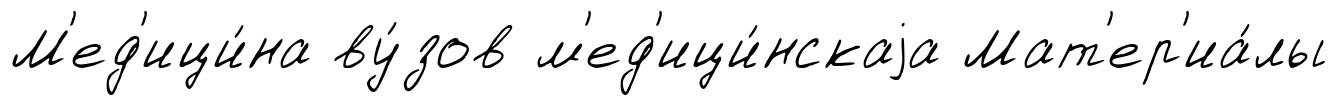
М'ед'ици́на ву́зов м'ед'ици́нскаjа Мат'ер'иа́лы